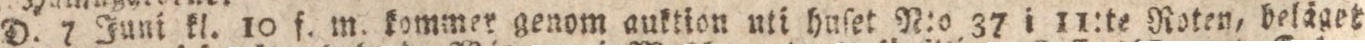
D. 7 Juni kl. 10 f. m. kommer genom auktion uti huſet N:o 37 i 11:te Roten, beläget